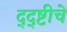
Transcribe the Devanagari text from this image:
द्द्ष्टीचे